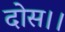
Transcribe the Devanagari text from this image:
दोस।।